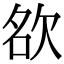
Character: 𭭊